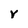
Character: V